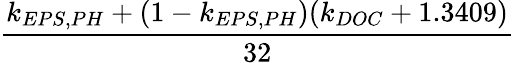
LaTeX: \frac{k_{EPS,PH}+(1-k_{EPS,PH})(k_{DOC}+1.3409)}{32}